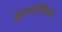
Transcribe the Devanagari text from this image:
मुतागाचीविरुद्धचे